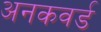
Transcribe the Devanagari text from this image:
अनकवर्ड